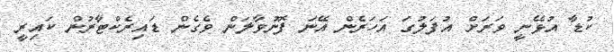
ކުޑާ އުޅޭނީ ވަރަށް އުފަލުގަ އަހަރެން އޭނަ ފޮނުވާލަން ވެގެން ޑައިރެކްޓާރުން ކައިރީ